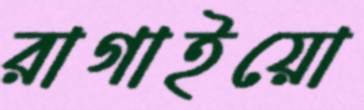
রাগাইয়ো